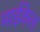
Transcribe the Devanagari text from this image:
माईकेल